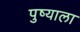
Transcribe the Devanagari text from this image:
पुष्याला